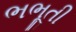
ભભૂતી